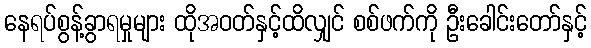
နေရပ်စွန့်ခွာရမှုများ ထိုအဝတ်နှင့်ထိလျှင် စစ်ဖက်ကို ဦးခေါင်းတော်နှင့်